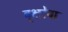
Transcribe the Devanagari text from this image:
वृक्षरेषा